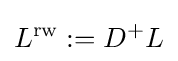
L^{\text{rw}}:=D^{+}L